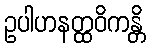
ဥပါဟနတ္ထဝိကန္တိ